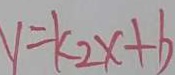
y = k _ { 2 } x + b